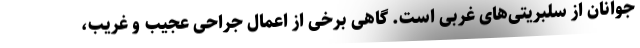
جوانان از سلبریتی‌های غربی است. گاهی برخی از اعمال جراحی عجیب و غریب،